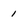
Character: 1